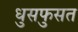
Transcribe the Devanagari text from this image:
धुसफुसत